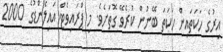
އިރުގެ ހަކަތައިން ހަކަތަ ބޭނުން ކުރެވޭ ގޮތަށެވެ. މި ޕްރައިވެޓް އައިލެންޑުގެ 2000